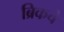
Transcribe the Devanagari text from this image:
ब्रिकचे